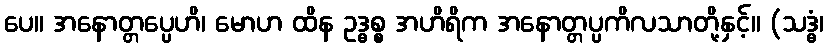
ပေ။ အနောတ္တပ္ပေဟိ၊ မောဟ ထိန ဥဒ္ဓစ္စ အဟိရိက အနောတ္တပ္ပကိလသာတို့နှင့်။ (သဒ္ဓံ၊